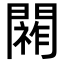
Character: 𮤞